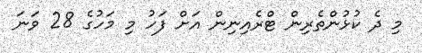
މި ދެ ކުޅުންތެރިން ޓްރެއިނިން އަށް ފަހު މި މަހުގެ 28 ވަނަ